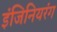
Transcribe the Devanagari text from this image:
इंजिनियरंग